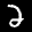
Label: 2